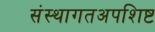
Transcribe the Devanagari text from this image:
संस्थागतअपशिष्ट